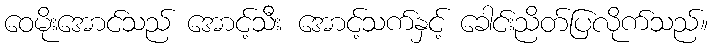
ဝေမိုးအောင်သည် အောင့်သီး အောင့်သက်နှင့် ခေါင်းညိတ်ပြလိုက်သည်။